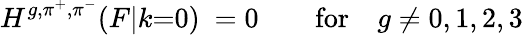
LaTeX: H^{g,\pi^{+},\pi^{-}}(F|k{=}0)\ =0\qquad\mathrm{for}\quad g\neq 0,1,2,3